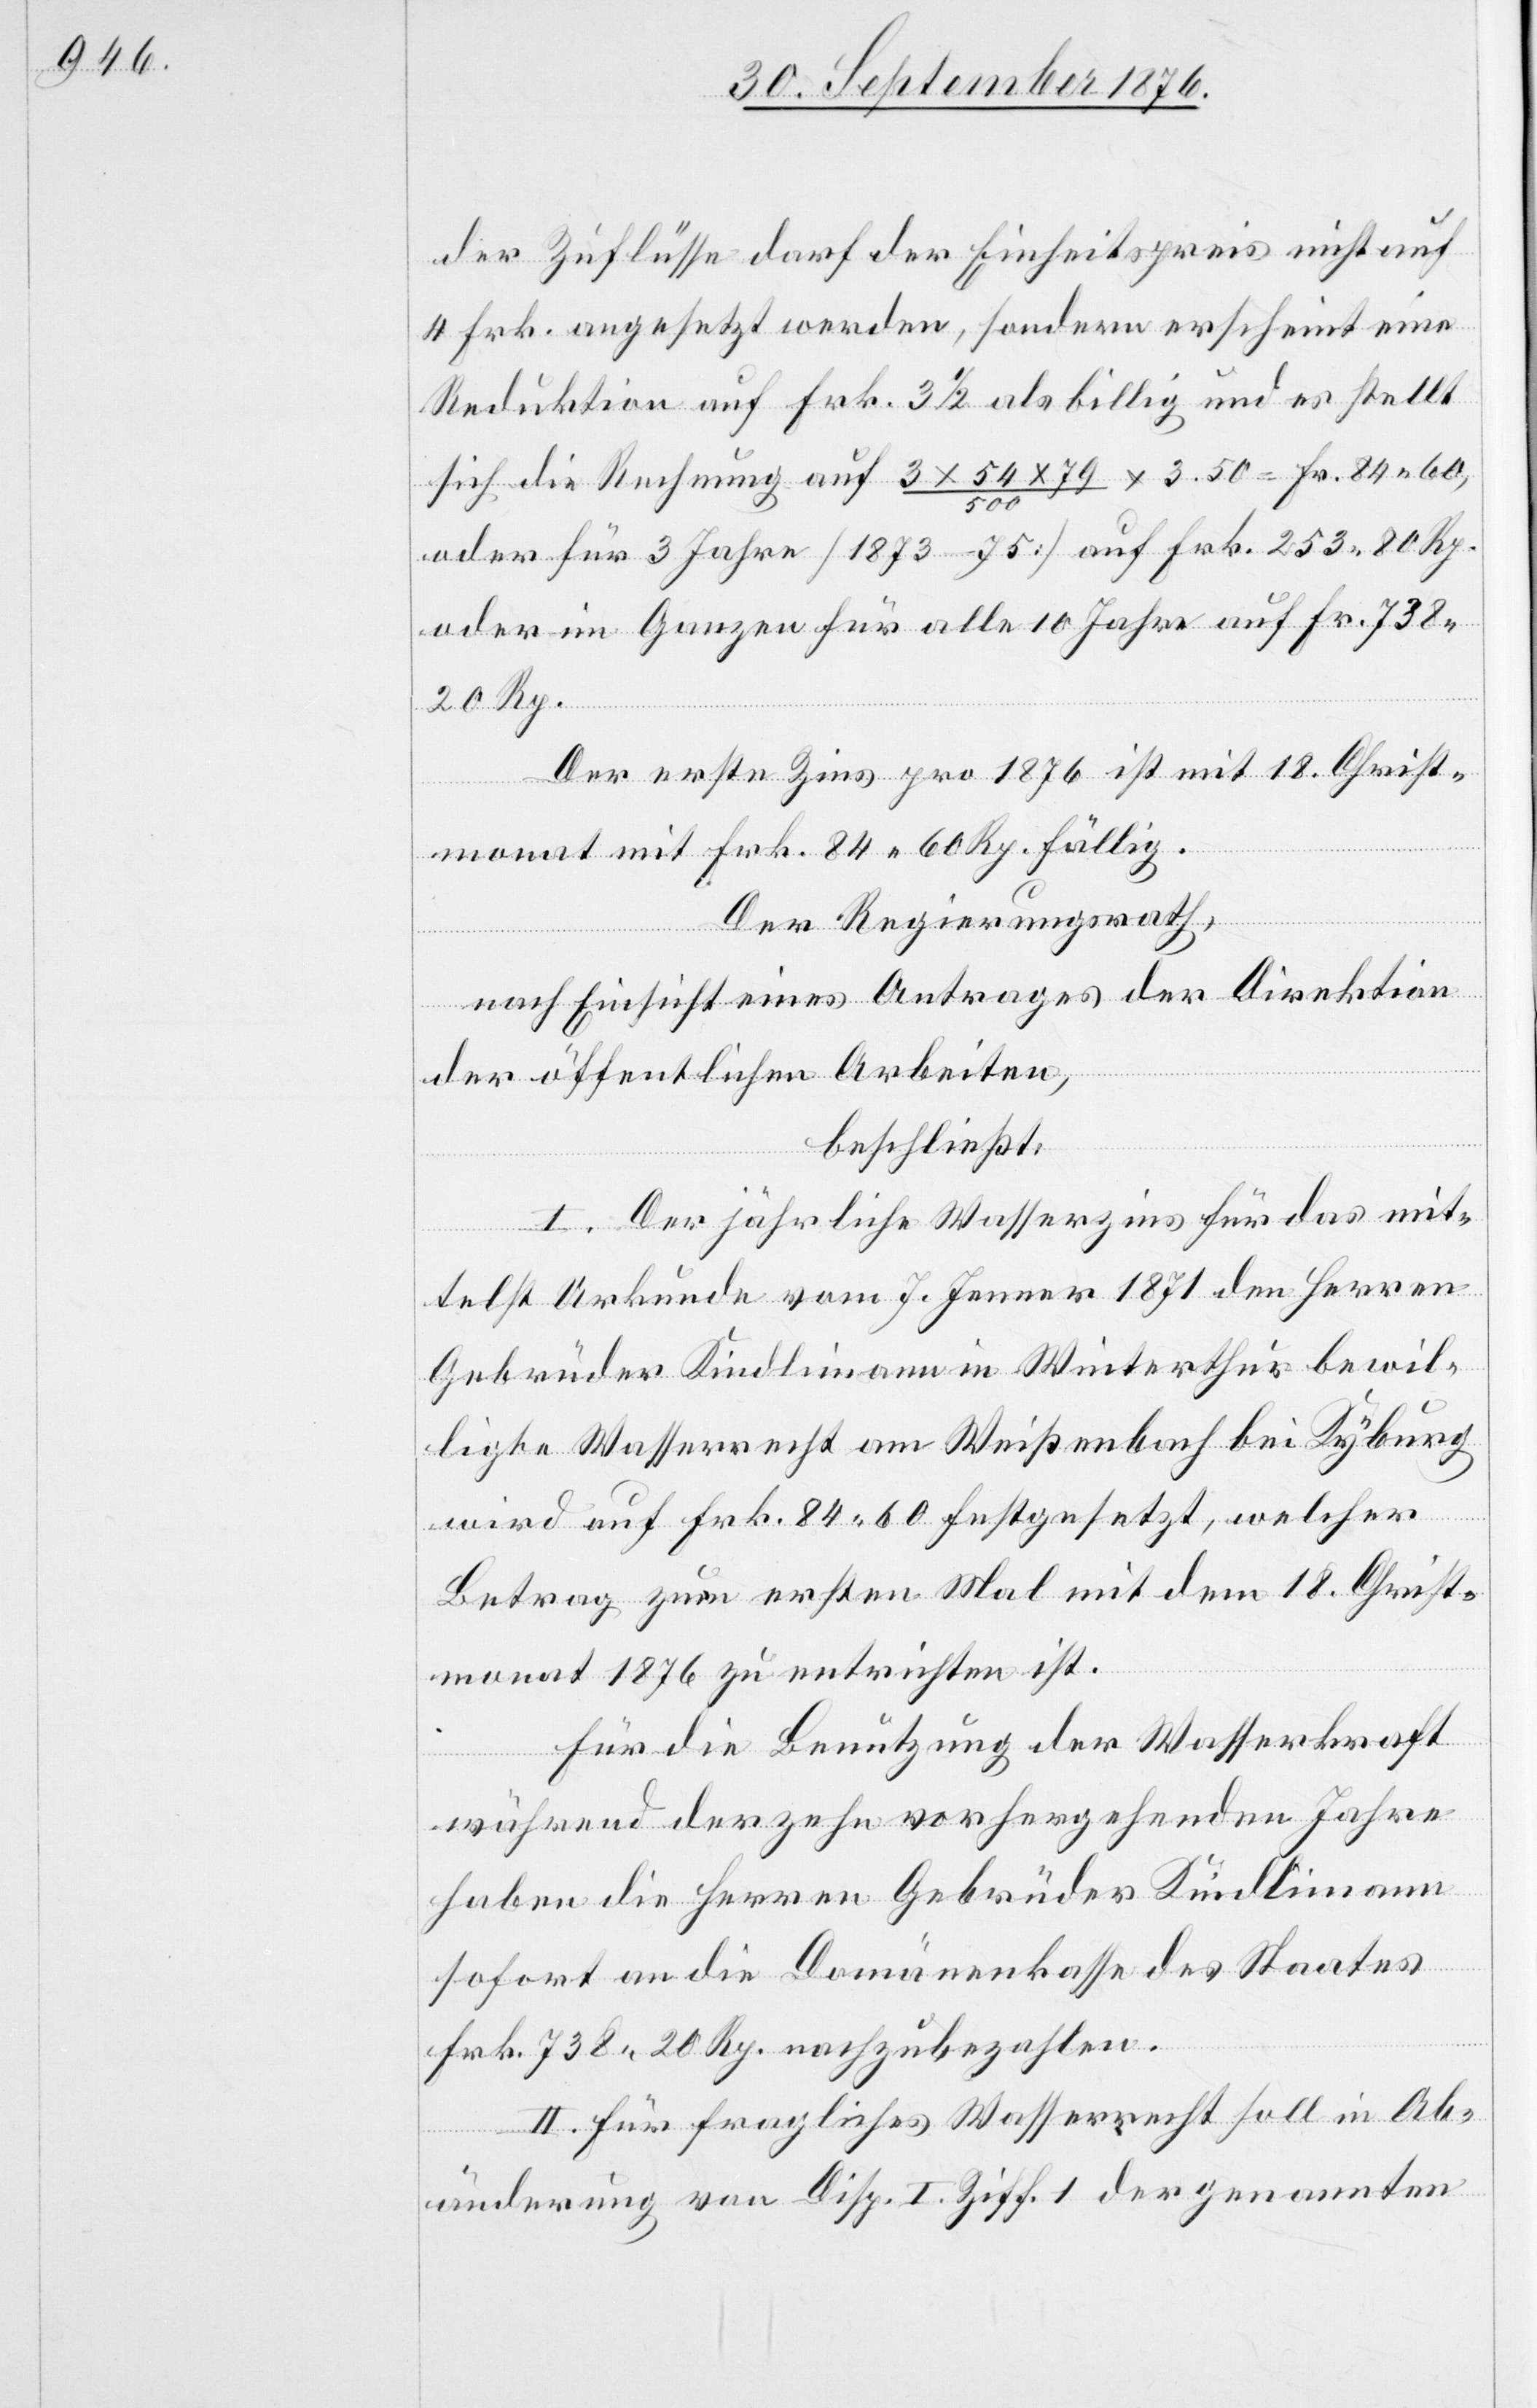
der Zuflüsse darf der Einheitspreis nicht auf
4 Frk. angesetzt werden, sondern erscheint eine
Reduktion auf Frk. 3 1/2 als billig und es stellt
sich die Rechnung auf 3 x 54 x 79/500 x 3.50 = Fr. 84 60,
oder für 3 Jahre [1873–75] auf Frk. 253 80 Rp.
oder im Ganzen für alle 10 Jahre auf Fr. 738
20 Rp.
Der erste Zins pro 1876 ist mit 18. Christ¬
monat mit Frk. 84 60 Rp. fällig.
Der Regierungsrath,
nach Einsicht eines Antrages der Direktion
der öffentlichen Arbeiten,
beschließt:
I. Der jährliche Wasserzins für das mit¬
telst Urkunde vom 7. Jenner 1871 den Herren
Gebrüder Kindlimann in Winterthur bewil¬
ligte Wasserrecht am Weißenbach bei Kyburg
wird auf Frk. 84 60 festgesetzt, welcher
Betrag zum ersten Mal mit dem 18. Christ¬
monat 1876 zu entrichten ist.
Für die Benützung der Wasserkraft
während der zehn vorhergehenden Jahre
haben die Herren Gebrüder Kindlimann
sofort an die Domänenkasse des Staates
Frk. 738 20 Rp. nachzubezahlen.
II. Für fragliches Wasserrecht soll in Ab¬
änderung von Disp. I. Ziff. 1 der genannten